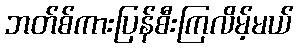
ဘတ်စ်ကားပြန်စီးကြလိမ့်မယ်